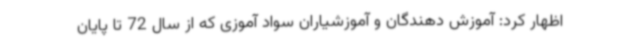
اظهار کرد: آموزش دهندگان و آموزشیاران سواد آموزی که از سال 72 تا پایان